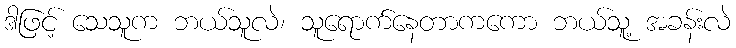
ဒါဖြင့် သေသူက ဘယ်သူလဲ၊ သူရောက်နေတာကကော ဘယ်သူ့ အခန်းလဲ